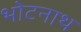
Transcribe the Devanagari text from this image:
भोटनाथ